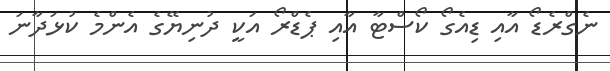
ނެގްރެޑޯ އާއި ޑިއެގޯ ކޯސްޓާ އާއި ޕެޑްރޯ އަކީ ދުނިޔޭގެ އެންމެ ކުޅަދާނަ